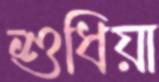
শুধিয়া